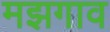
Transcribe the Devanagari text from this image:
मझगाव